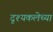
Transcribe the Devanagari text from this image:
दृश्यकलेच्या